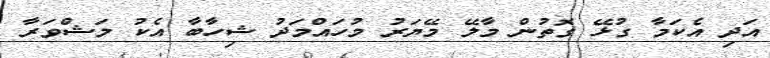
އަދި އެކަމާ ގުޅޭ ގޮތުން މާލޭ މޭޔަރު މުހައްމަދު ޝިހާބާ އެކު މަޝްވަރާ